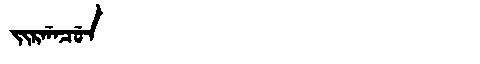
Manchu: ᠵᡳᡵᡤᠠᠴᡠᠨ
Romanization: JIRGACUN